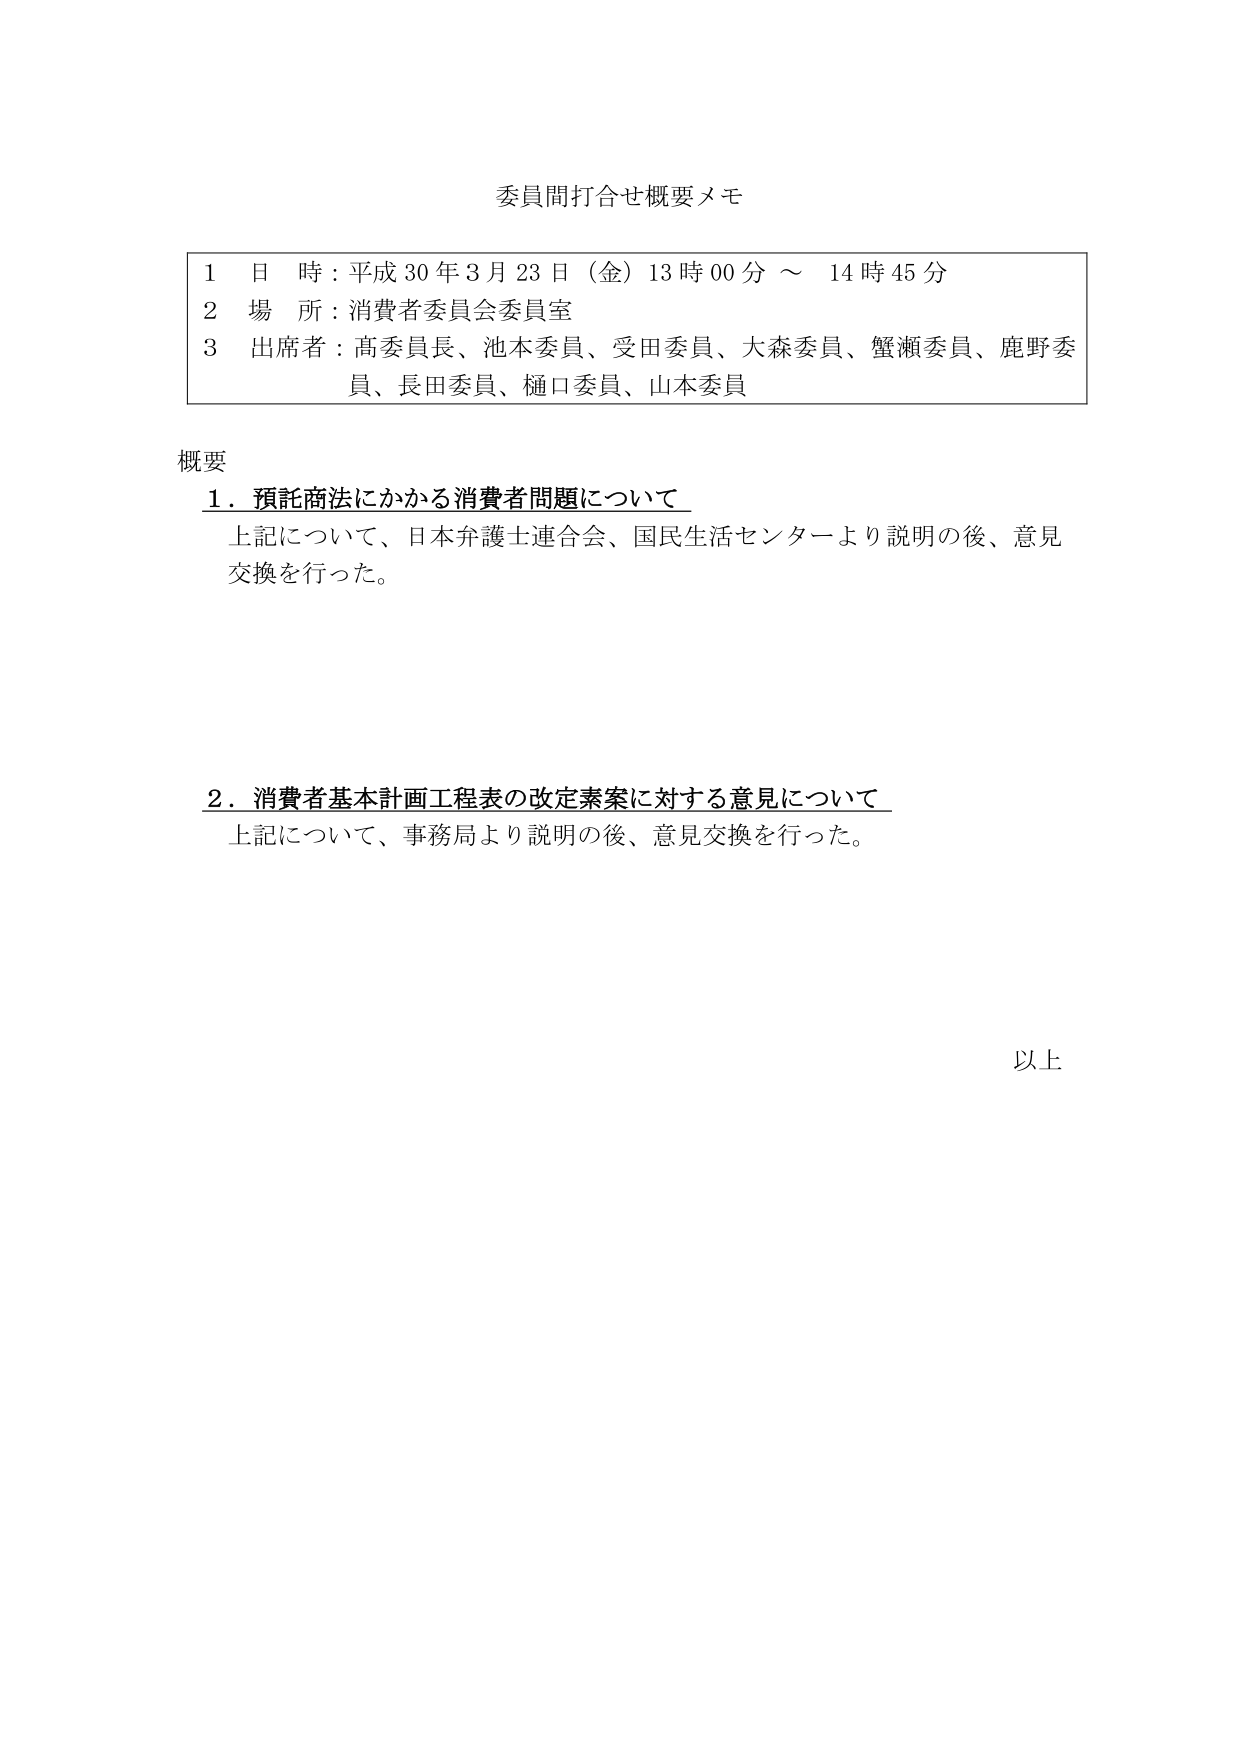
委員間打合せ概要メモ

1 日 時：平成30年3月23日（金）13時00分 ～ 14時45分
2 場 所：消費者委員会委員室
3 出席者：高委員長、池本委員、受田委員、大森委員、蟹瀬委員、鹿野委員、長田委員、樋口委員、山本委員

概要
1．預託商法にかかる消費者問題について
　上記について、日本弁護士連合会、国民生活センターより説明の後、意見交換を行った。

2．消費者基本計画工程表の改定素案に対する意見について
　上記について、事務局より説明の後、意見交換を行った。

以上